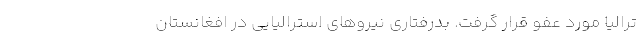
ترالیا مورد عفو قرار گرفت. بدرفتاری نیروهای استرالیایی در افغانستان